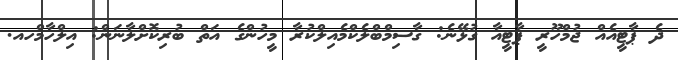
ދެ ޕާޓީއެއް ޖުމްހޫރީ ޕާޓީއާ ގުޅޭނެ: ގާސިމްބްލެކްމެއިލްކުރާ މީހުންގެ އަތް ބުރިކޮށްލާނަން: އިލްހާމްހއ.